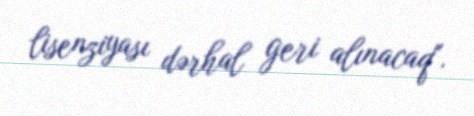
lisenziyası dərhal geri alınacaq".